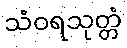
သံဝရသုတ္တံ